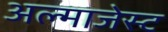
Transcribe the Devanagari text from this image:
अल्माजेस्ट